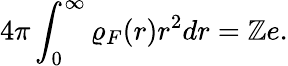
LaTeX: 4\pi\int_{0}^{\infty}\varrho_{F}(r)r^{2}dr=\mathbb{Z}e.